Annual administration report of the Civil Veterinary Department of India - 1896-1897
Year: 1896
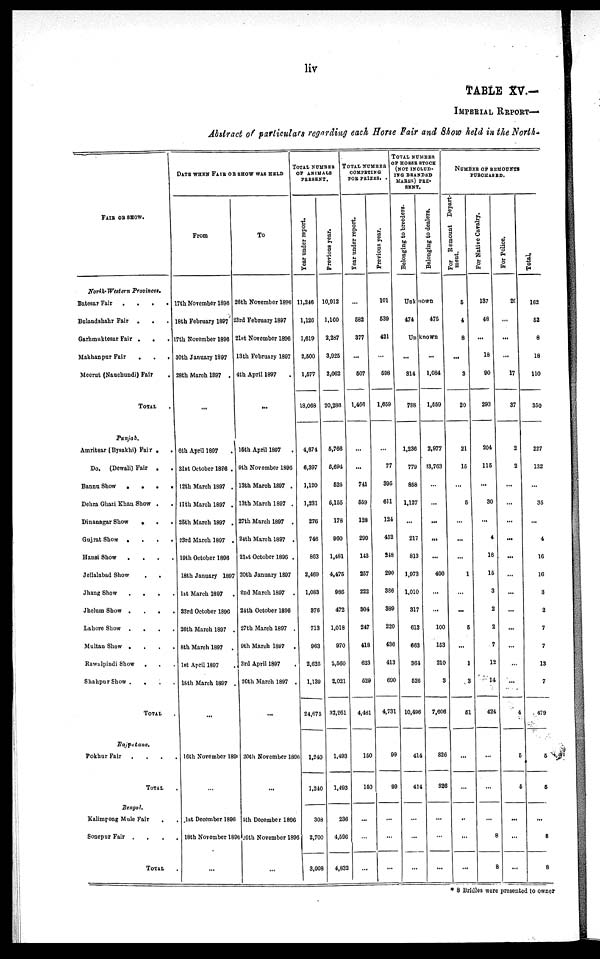
liv
TABLE XV.—
IMPERIAL REPORT—
Abstract of particulars regarding each Horse Fair and Show held in the North-
FAIR OR SHOW.
DATE WHEN FAIR OR SHOW WAS HELD
From
To
TOTAL NUMBER
OF ANIMALS
PRESENT.
Year under report.
Previous year.
TOTAL NUMBER
COMPETING
FOR PRIZES.
Year
under report.
Previous year.
TOTAL NUMBER
OF HORSE STOCK
(NOT INCLUD-
ING BRANDED
MARES) PRE-
SENT.
Belonging to breeders.
Belonging to dealers.
NUMBER OF REMOUNTS
PURCHASED.
For Remount Depart-
ment.
For Native Cavalry.
For Police.
Total.
North-Western Provinces.
Batesar Fair
.
.
.
.
Bulandshahr Fair . .
.
Garhmuktesar Fair
.
.
.
Makhanpur Fair .
.
.
Meerut (Nauchundi) Fair .
TOTAL .
17th November 1896
18th February 1897
l7th November 1896
30th January 1897
28th March 1897 .
...
26th November 1896
23rd February 1897
21st November 1896
13th February 1897
4th April 1897
...
11,246
1,126
1,619
2.600
1,677
18,068
10,912
1,100
2,287
3,925
2,062
20,280
...
682
377
607
1,466
101
639
421
...
598
1,659
Unknown
474
475
Unknown
...
314
788
...
1,084
1,659
5
4
8
...
3
20
137
48
...
18
90
293
20
...
...
...
17
37
162
52
8
18
110
350
Punjab.
Amritsar (Bysakhi) Fair . .
Do. (Dewali) Fair
.
.
Bannu Show
.
.
.
.
Dehra Ghazi Khan Show . .
Dinanagar Show
.
.
.
Gujrat Show .
.
.
.
Hansi Show
.
.
.
.
Jellalabad Show
.
.
Jhang Show
.
.
.
Jhelum Show .
.
.
.
Lahore Show .
.
.
.
Multan Show .
.
.
.
Rawalpindi Show . . .
Shahpur Show .
.
.
.
TOTAL
6th April 1897
31st October 1896 .
12th March 1897 .
11th March 1897 .
25th March 1897 .
23rd March 1897 .
19th October 1896
18th January 1897
1st March 1897 .
23rd October 1896
26th March 1897 .
8th March 1897 .
1st April 1897 .
18th March 1897 .
...
15th April 1897 .
9th November 1896
13th March 1897 .
13th March 1897 .
27th March 1897 .
24th March 1897 .
21st October 1896 .
20th January 1897
2nd March 1897 .
24th October 1896
27th March 1897 .
9th March 1897 .
3rd April 1897 .
20th March 1897 .
...
4,674
6,397
1,120
1,231
276
746
863
2,469
1,083
376
713
963
2,625
1,139
24,675
5,766
5,694
525
5,155
178
960
1,481
4,475
986
472
1,018
970
2,560
2,021
32,261
...
...
741
559
128
290
143
257
222
304
247
418
623
529
4,461
...
77
395
611
124
452
248
290
386
389
220
436
413
690
4,731
1,236
779
858
1,127
...
217
813
1,973
1,010
317
613
663
364
526
10,496
2,977
13,763
...
...
...
...
...
400
...
...
100
153
210
8
7,606
21
15
...
5
...
...
...
1
...
...
5
...
1
3
51
204
115
...
30
...
4
16
15
3
2
2
7
12
14
424
2
2
...
...
...
...
...
...
...
...
...
...
...
...
4
227
132
...
35
...
4
16
16
3
2
7
7
13
7
479
Rajputana.
Pokhur Fair
.
.
.
.
TOTAL .
16th November 1896
...
20th November 1896
...
1,240
1,240
1,493
1,493
150
150
99
99
414
414
826
326
...
...
...
...
5
5
5
5
Bengal.
Kalimpong Mule Fair
. .
Sonepur Fair .
.
.
.
TOTAL .
1st December 1896
18th November 1896
...
4th December 1896
26th November 1896
...
308
2,700
3,008
236
4,596
4,832
...
...
...
...
...
...
...
...
...
...
...
...
..
...
...
...
8
8
...
...
...
...
8
8
* 8 Bridles were presented to owner